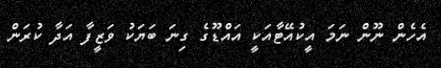
އެހެން ނޫން ނަމަ އީކުއޭޓާއަކީ އައްޑޫގެ ގިނަ ބަޔަކު ވަޒީފާ އަދާ ކުރަން